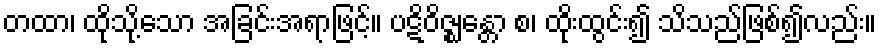
တထာ၊ ထိုသို့သော အခြင်းအရာဖြင့်။ ပဋိဝိဇ္ဈန္တော စ၊ ထိုးထွင်း၍ သိသည်ဖြစ်၍လည်း။